Vaccine operations Central Provinces & Berar 1922-1929 - 1922-1929
Year: 1922
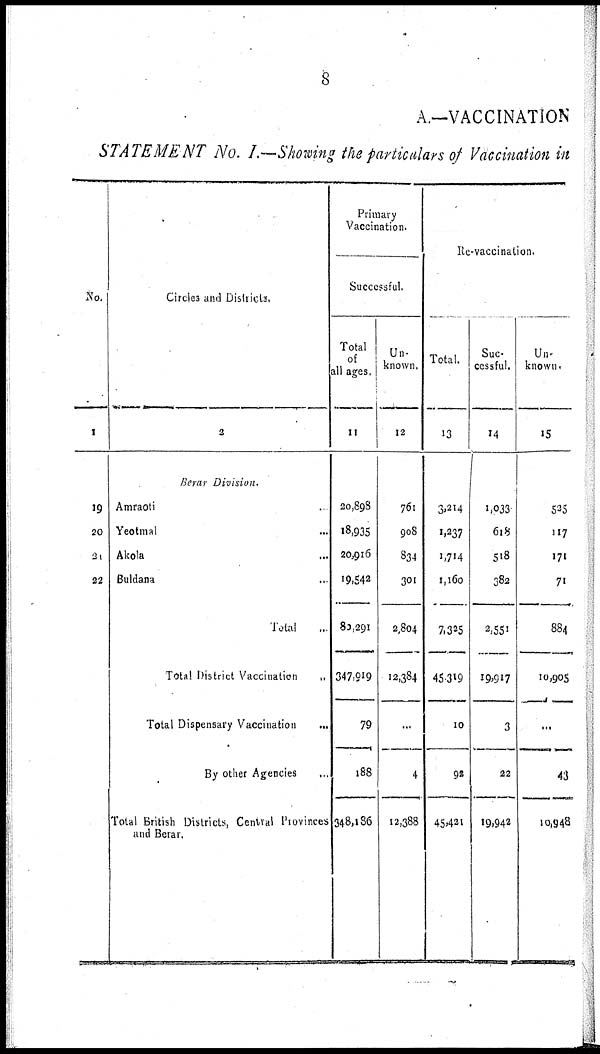
8
A.—VACCINATION
STATEMENT No. I.—Showing the particulars of Vaccination in
No.
1
19
20
21
22
Circles and Districts.
2
Berar Division.
Amraoti ...
Yeotmal ...
Akola ...
Buldana ...
Total ...
Total District Vaccination
...
Total Dispensary Vaccination
...
By other Agencies ...
Total British Districts , Central Provinces
and Berar.
Primary
Vaccination.
Successful.
Total
of
all ages.
11
20,898
18,935
20,916
19,542
89,291
347,919
79
188
348,186
Un-
known.
12
761
908
834
301
2,804
12,384
...
4
12,388
Re-vaccination.
Total.
13
3,214
1,237
1,714
1,160
7,325
45,319
10
92
45,421
Suc-
cessful.
14
1,033
618
518
382
2,551
19,917
3
22
19,942
Un-
known.
15
525
117
171
71
884
10,905
...
43
10,948